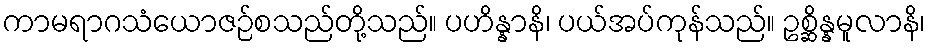
ကာမရာဂသံယောဇဉ်စသည်တို့သည်။ ပဟိန္နာနိ၊ ပယ်အပ်ကုန်သည်။ ဥစ္ဆိန္နမူလာနိ၊